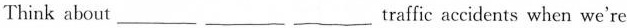
Think about ___ ___ ___ traffic accident when we're